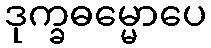
ဒုက္ခဓမ္မောပေ